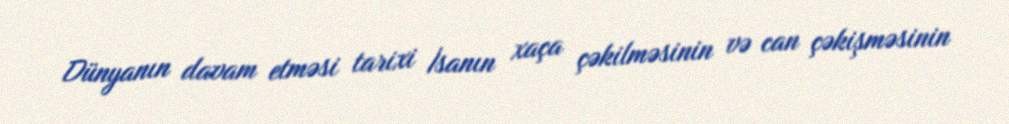
Dünyanın davam etməsi tarixi İsanın xaça çəkilməsinin və can çəkişməsinin